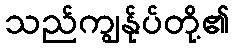
သည်ကျွန်ုပ်တို့၏